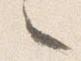
々